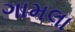
ગામલા